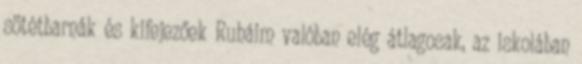
sötétbarnák és kifejezőek Ruháim valóban elég átlagosak, az iskolában